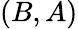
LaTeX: (B,A)